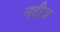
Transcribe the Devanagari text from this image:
नदीज